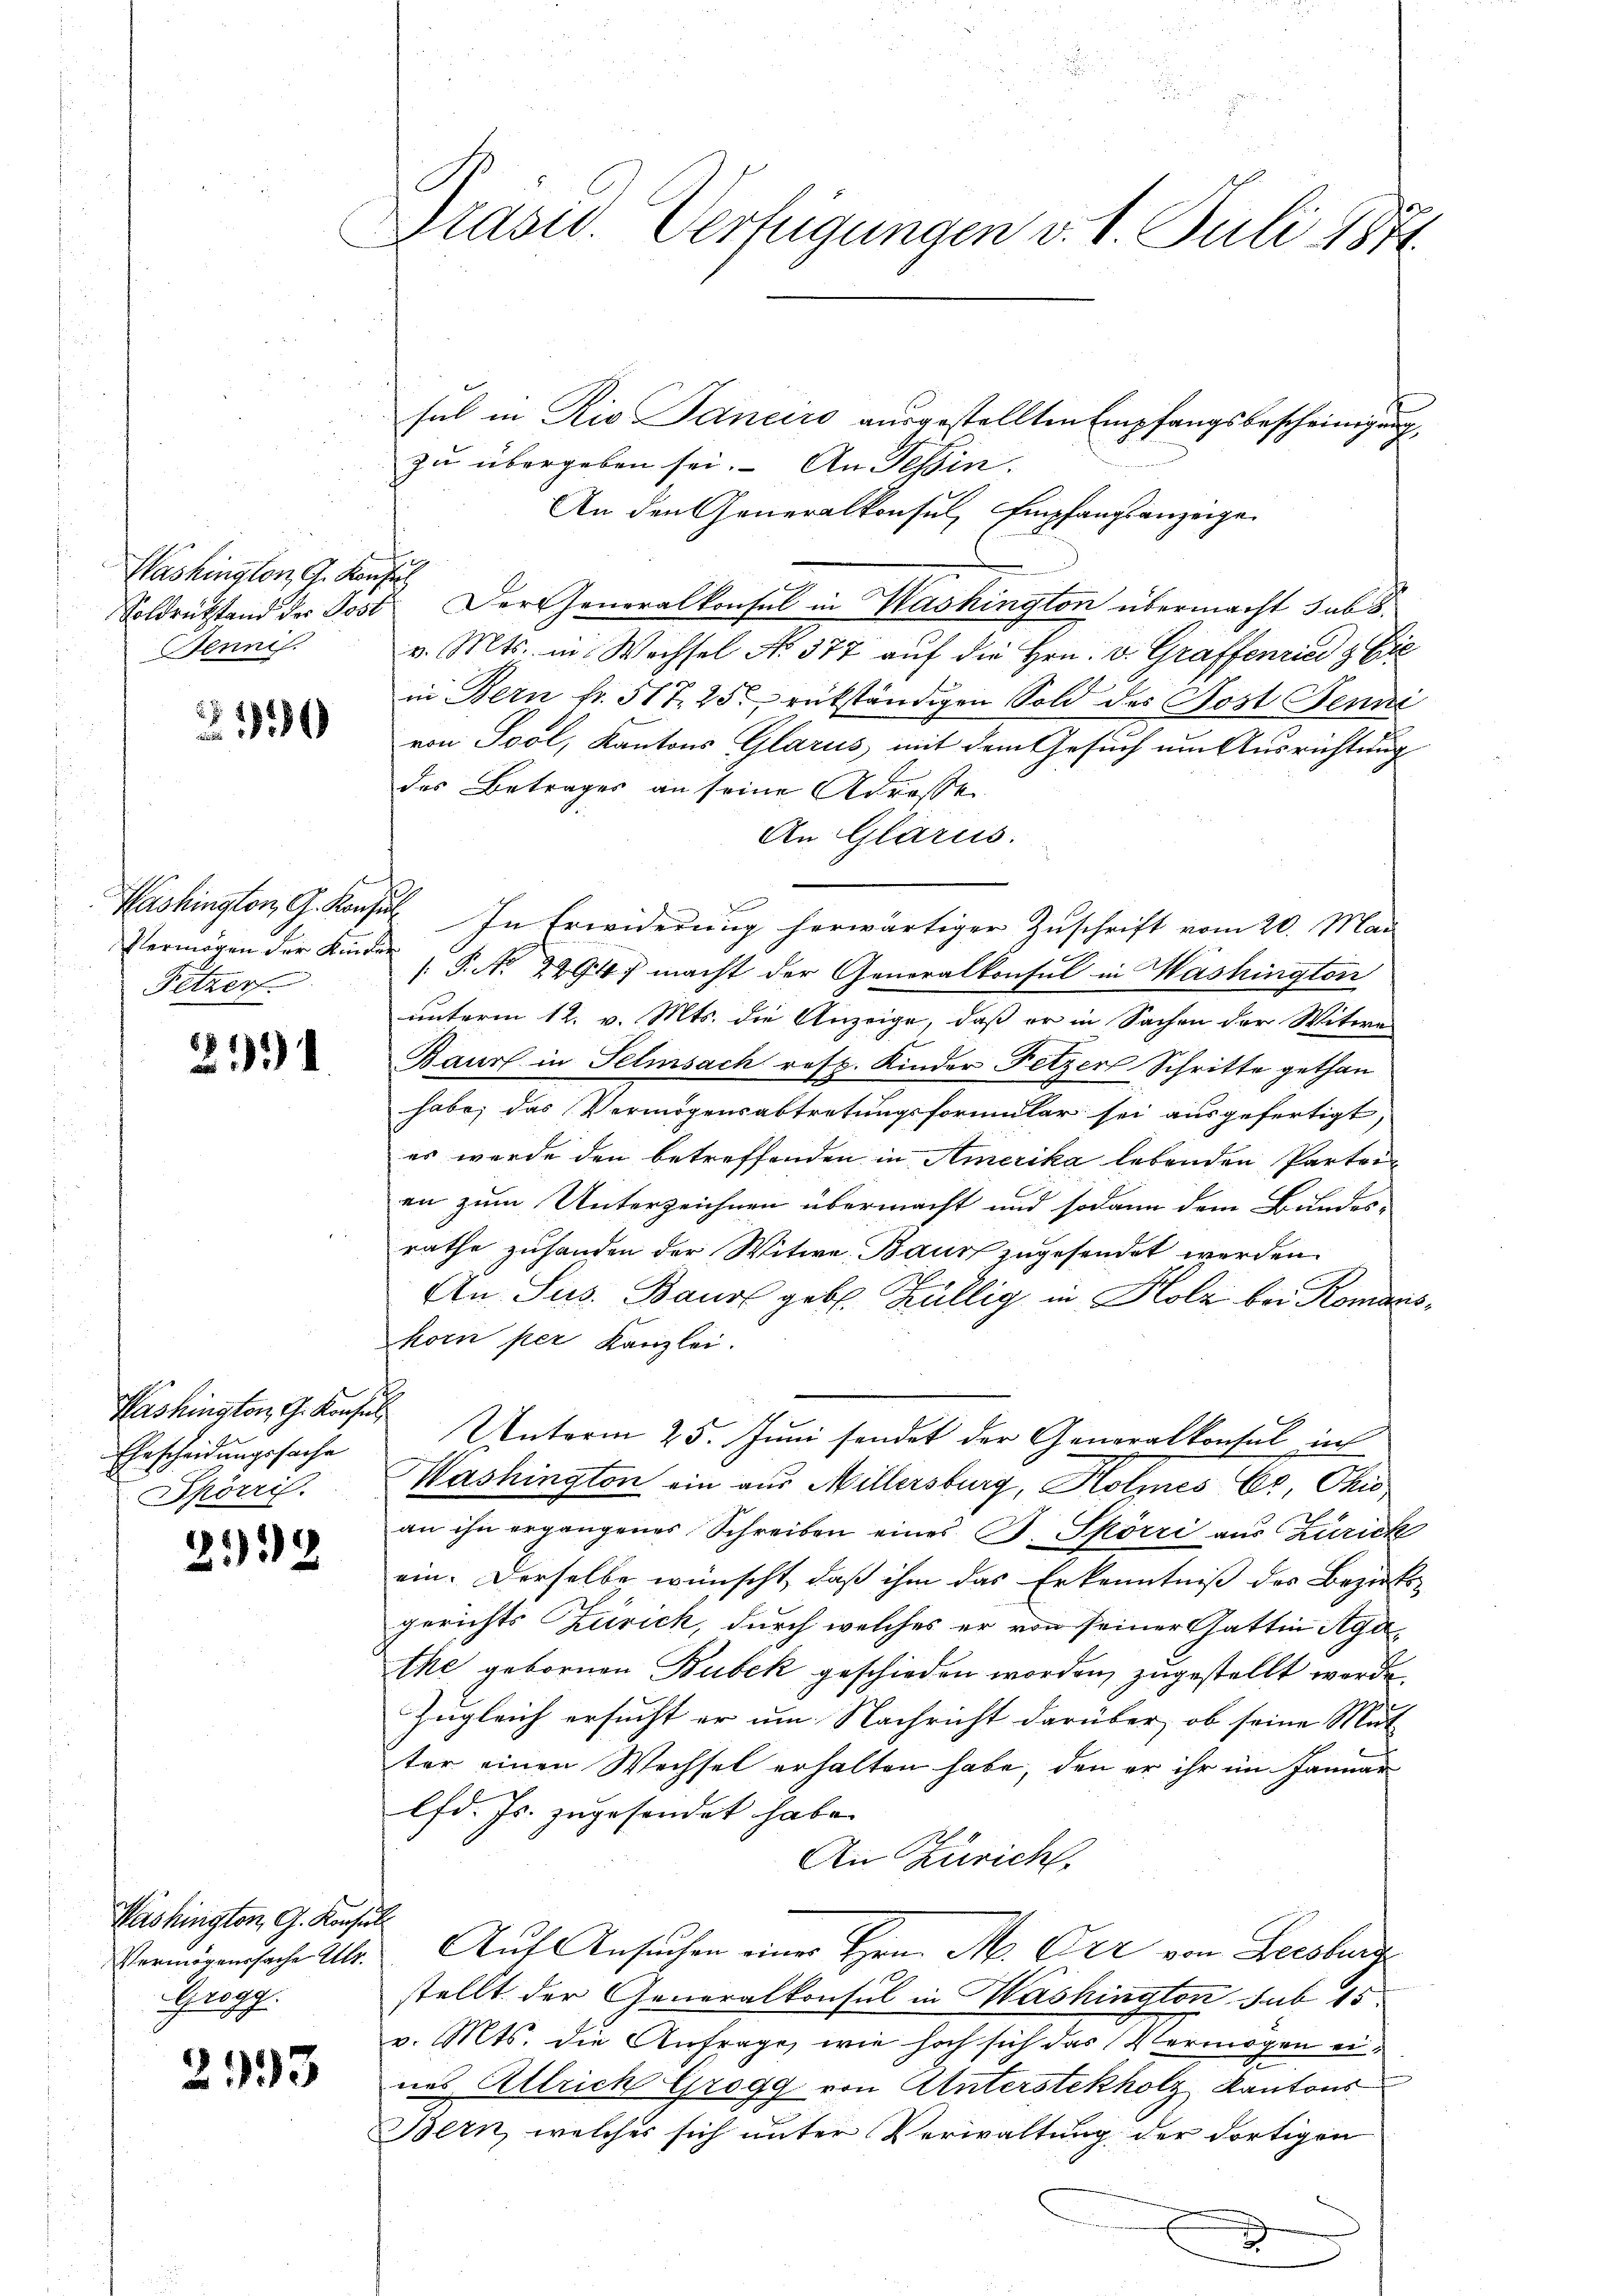
Washington G. Konsul
Jenni

210

Vermögen der Kinde
Pitzer

23).

Washington, G. Konsen
Ehescheidungssache
Spörri

238

Washington, G. Konsu
Vermögenssache Ulr.
Grogg.

2393

Präsid. Verfügungen v. 1. Juli 1871.
.

sul in Rio Janeiro ausgestellten Empfangsbescheinigung,
zu übergeben sei. An Tessin.
An den Generalkonsul, Empfangsanzeige
7
Soldrükstand der Jost Der Generalkonsul in Washington übermacht subs
v. Mts. in Wechsel N. 377 auf die Hrn. v. Graffenried & Cie
in Bern fr. 517. 25. rükständigen Sold des Post Jenni
von Sool, Kantons Glarus mit dem Gesuch um Ausrichtung
des Betrages an seine Adressen
An Glarus.
Washington G. Konsil. In Erwiderung herwärtiger Zuschrift vom 20. Mai
 P. No. 24947 macht der Generalkonsul in Washington
unterm 12. v. Mts. die Anzeige, daß er in Sachen der Witwe
Baur in Selmsach resp. Kinder Fetzer Schritte gethan
habe; das Vermögensabtretungsformular sei ausgefertigt,
es wurde den betreffenden in Amerika lebenden Parteien zum Unterzeichnen übermacht und sodann dem Bundes-
rathe zuhanden der Witwe Baur zugesendet werden.
An. Sus. Baur gebl. Züllig in Holz bei Romaniskorn per Kanzlei.
Unterm 25. Juni sendet der Generalkonsul in
Washington ein aus Millersburg, Kolmnes Er, Ohio,
an ihn ergangenes Schreiben eines B. Spörri aus Zürick
ein. Derselbe wünscht, daß ihm das Erkenntniß des Bezirks-
gerichts Zürich, durch welches er von seiner Gattin Agathe gebornen Bubek geschieden worden, zugestellt werde.
Zugleich ersucht er um Nachricht darüber, ob seine Mut
ter einen Wechsel erhalten habe, den er ihr im Januar
lfd. Js. zugesendet habe.
An Zürich.
7
Auf Ansuchen einer Hrn. M. Cre von Beesburg
stellt der Generalkonsul in Washington sub 15.
v. Mts. die Anfrage, wie hoch sich das Vermögen eines Allrich Grogg von Unterstekholz Kantons
Bern, welches sich unter Verwaltung der dortigen
.
d
3